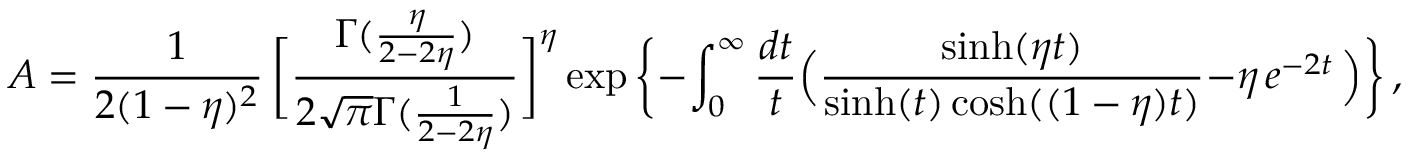
{ A } = \frac { 1 } { 2 ( 1 - \eta ) ^ { 2 } } \, \bigg [ \frac { \Gamma ( \frac { \eta } { 2 - 2 \eta } ) } { 2 \sqrt { \pi } \Gamma ( \frac { 1 } { 2 - 2 \eta } ) } \bigg ] ^ { \eta } \exp \bigg \{ - \int _ { 0 } ^ { \infty } \frac { d t } { t } \Big ( \frac { \sinh ( \eta t ) } { \sinh ( t ) \cosh ( ( 1 - \eta ) t ) } - { \eta } \, e ^ { - 2 t } \, \Big ) \bigg \} \, ,